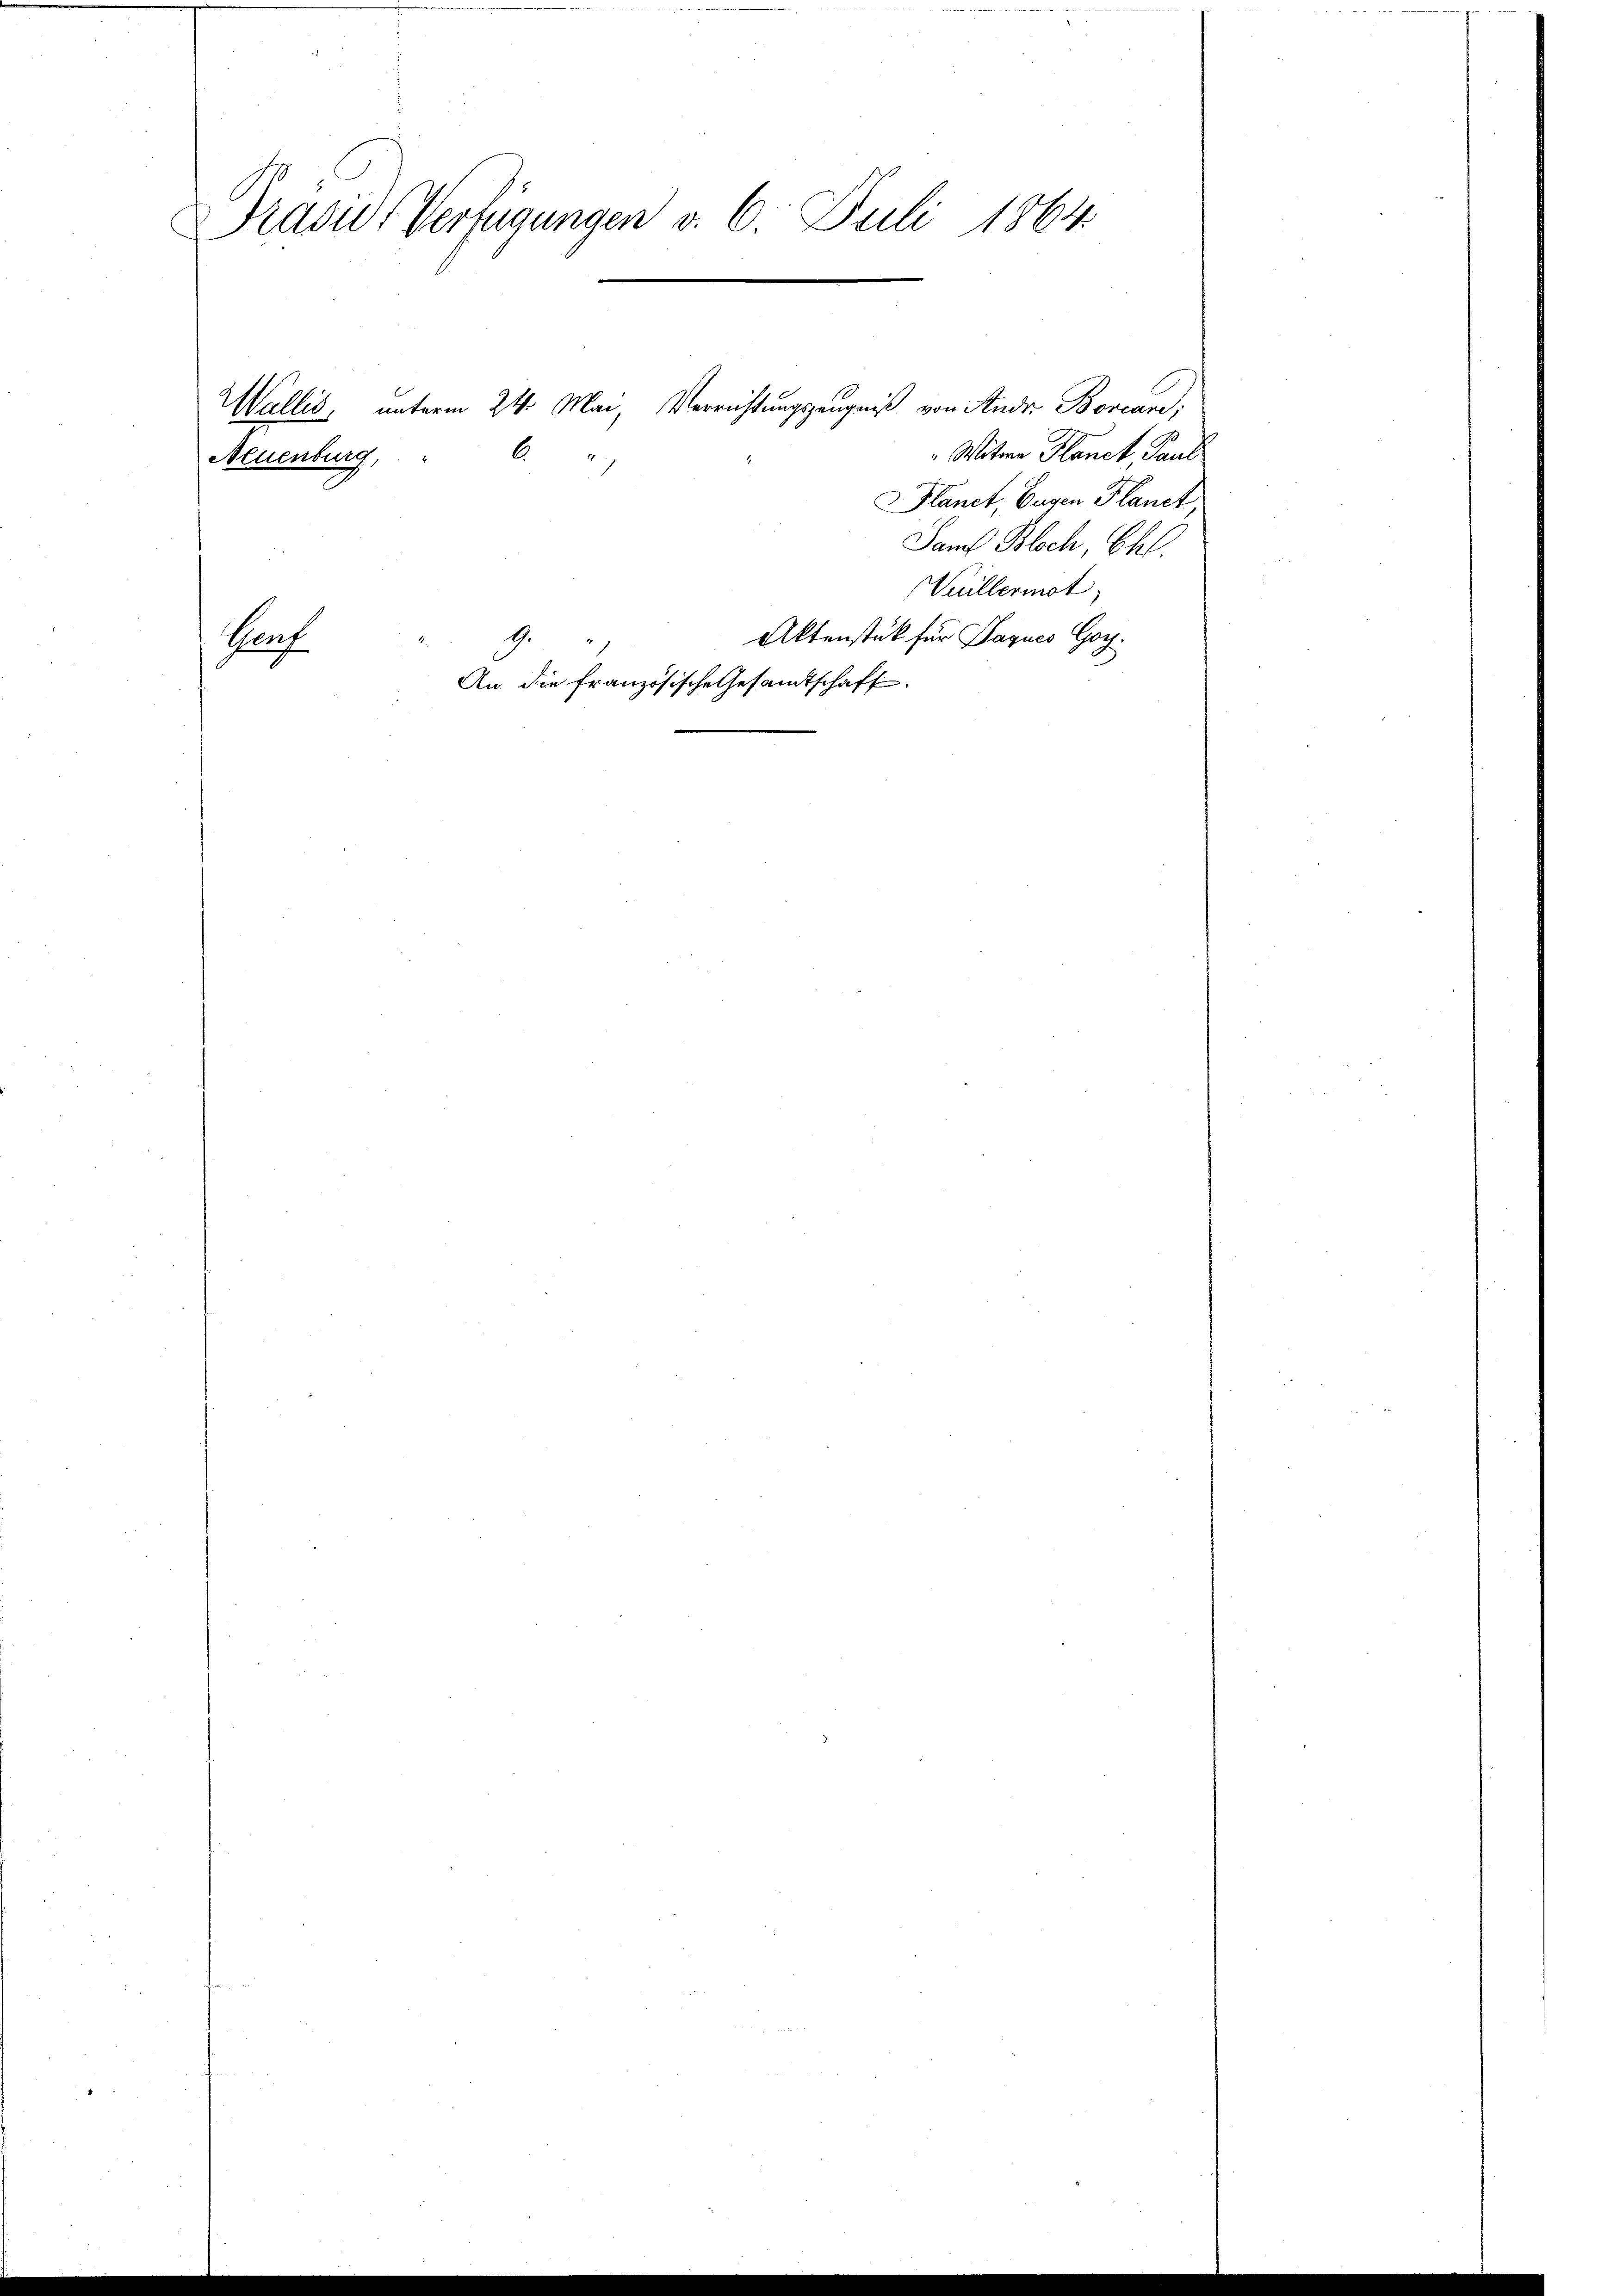
Präside Verfügungen v. 6. Juli 1864.

Witwe Planct Paul
Planet, Eugen Planet
Saml Bloch, Chl.
Vuillermot
Aktenstück für Sagues Goy.
Prof
An die französische Gesamtschaft

Neuenburg,

Wallis, unterm 24. Mai, Verrichtungszeugniß von Andr. Borcare,
6.
e